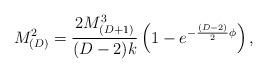
LaTeX: \begin{align*} M_{(D)}^2 = \frac{2 M_{(D+1)}^3}{(D-2)k} \left( 1 - e^{-\frac{(D-2)}{2}\phi} \right),\end{align*}